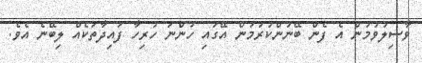
ވާސިލުވުމުން އެ ފެން ބޭނުންކުރުމުން އޭގައި ހުންނަ ހުރިހާ ފައިދާތަކެއް ލިބޭނެ އެވެ.